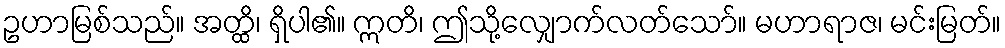
ဥဟာမြစ်သည်။ အတ္ထိ၊ ရှိပါ၏။ ဣတိ၊ ဤသို့လျှောက်လတ်သော်။ မဟာရာဇ၊ မင်းမြတ်။